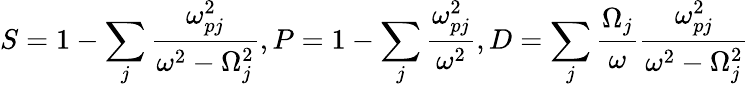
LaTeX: S=1-\sum_{j}\frac{\omega_{pj}^{2}}{\omega^{2}-\Omega_{j}^{2}},P=1-\sum_{j}\frac{\omega_{pj}^{2}}{\omega^{2}},D=\sum_{j}\frac{\Omega_{j}}{\omega}\frac{\omega_{pj}^{2}}{\omega^{2}-\Omega_{j}^{2}}